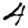
Digit: 4